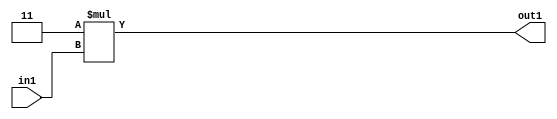
`timescale 1ps / 1ps
/*****************************************************************************
    Verilog RTL Description
    
    
    Created by: Stratus DpOpt 2019.1.01 
*******************************************************************************/

module GaussianFilter_Mul2i3u2_4 (
	in1,
	out1
	); /* architecture "behavioural" */ 
input [1:0] in1;
output [3:0] out1;
wire [3:0] asc001;

assign asc001 = 
	+(4'B0011 * in1);

assign out1 = asc001;
endmodule

/* CADENCE  urf5TwA= : u9/ySgnWtBlWxVPRXgAZ4Og= ** DO NOT EDIT THIS LINE ******/